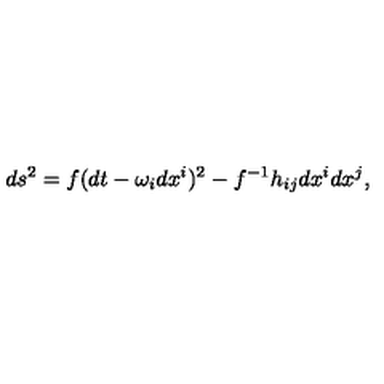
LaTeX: d s ^ { 2 } = f ( d t - \omega _ { i } d x ^ { i } ) ^ { 2 } - f ^ { - 1 } h _ { i j } d x ^ { i } d x ^ { j } ,